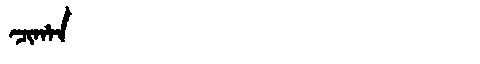
Manchu: ᠴᡳᡥᠠᠨ
Romanization: CIHAN